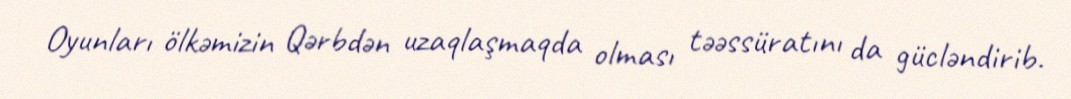
Oyunları ölkəmizin Qərbdən uzaqlaşmaqda olması təəssüratını da gücləndirib.